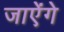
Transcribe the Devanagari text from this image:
जाऐंगे